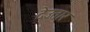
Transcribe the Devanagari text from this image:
देउतार